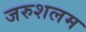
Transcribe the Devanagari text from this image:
जरुशलम